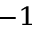
^ { - 1 }